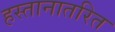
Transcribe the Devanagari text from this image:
हस्तानातरित